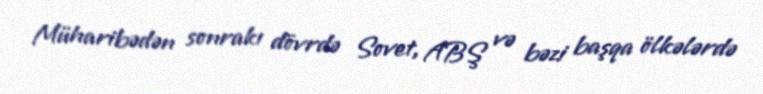
Müharibədən sonrakı dövrdə Sovet, ABŞ və bəzi başqa ölkələrdə